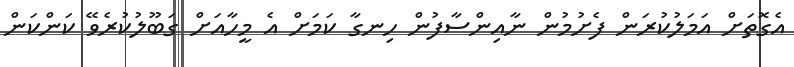
އެގޮތަށް އަމަލުކުރަން ފެށުމުން ނާއިންސާފުން ހިނގާ ކަމަށް އެ މީހާއަށް ގަބޫލުކުރެވޭ ކަންކަން